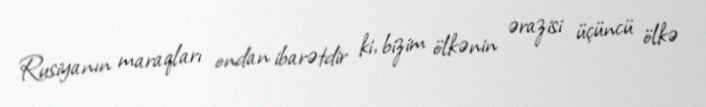
Rusiyanın maraqları ondan ibarətdir ki, bizim ölkənin ərazisi üçüncü ölkə